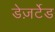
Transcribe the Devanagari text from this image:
डेज़र्टेड